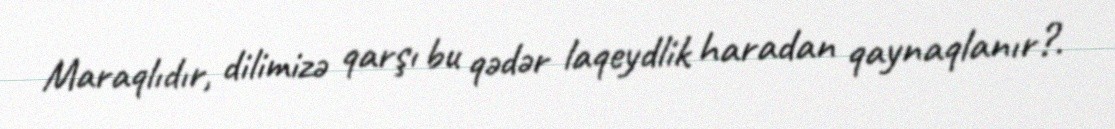
Maraqlıdır, dilimizə qarşı bu qədər laqeydlik haradan qaynaqlanır?.